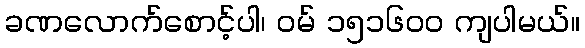
ခဏလောက်စောင့်ပါ၊ ဝမ် ၁၅၁၆၀၀ ကျပါမယ်။